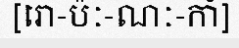
[រោ-ប៉ៈ-ណៈ-កាំ]